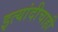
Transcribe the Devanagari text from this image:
इत्यांदीचाही